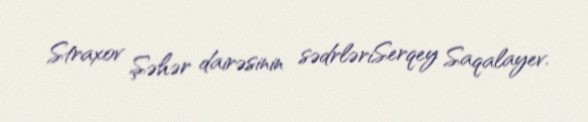
Straxov Şəhər dairəsinin sədrləriSerqey Saqalayev.